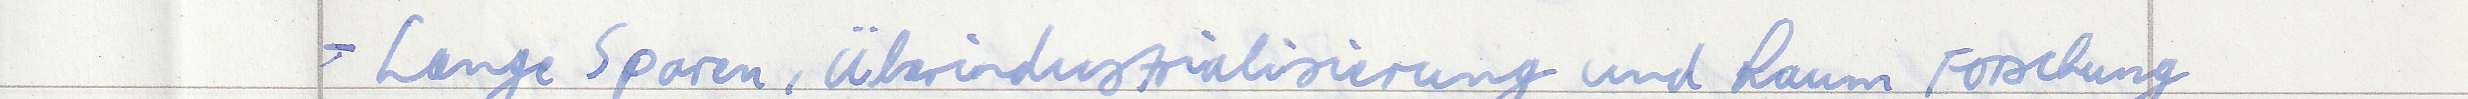
- Lange Sparen, Überindustrialisierung und kaum Forschung